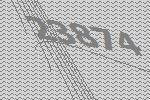
23874